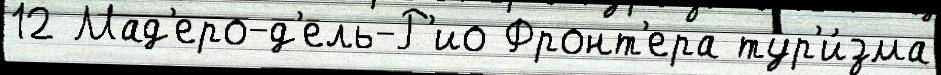
12 Мад'еро-д'ель-Р'ио Фронт'ера тур'и́зма